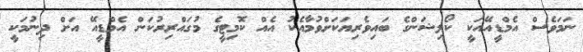
ނަމަވެސް އެމްޑީއޭއަކީ ކޯލިޝަންގެ ބައިވެރިޔަކަށްވުމާއެކު އެއް ކޮމިޓީގެ މުގައްރިރުކަން އެމްޑީއޭ އަށް ދިނުމަކީ